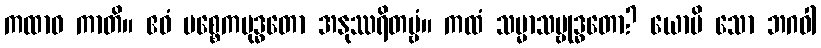
ကထာဝ ကာတိ။ ဧဝံ ပစ္စေကဗုဒ္ဓတော အနုဿရိတဗ္ဗံ။ ကထံ သမ္မာသမ္ဗုဒ္ဓတော? ယောပိ သော ဘဂဝါ